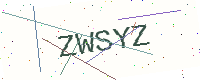
Text: ZWSYZ